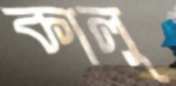
কালু